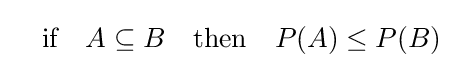
\quad {\text{if}}\quad A\subseteq B\quad {\text{then}}\quad P(A)\leq P(B)